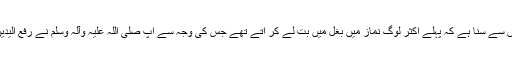
اور میں نے بہت سے لوگوں سے سنا ہے کہ پہلے اکثر لوگ نماز میں بغل میں بت لے کر آتے تھے جس کی وجہ سے آپ صلی اللہ علیہ وآلہ وسلم نے رفع الیدین کیا تھا کیا یہ درست ہے؟